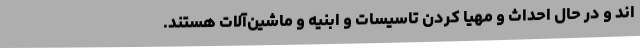
اند و در حال احداث و مهیا کردن تاسیسات و ابنیه و ماشین‌آلات هستند.